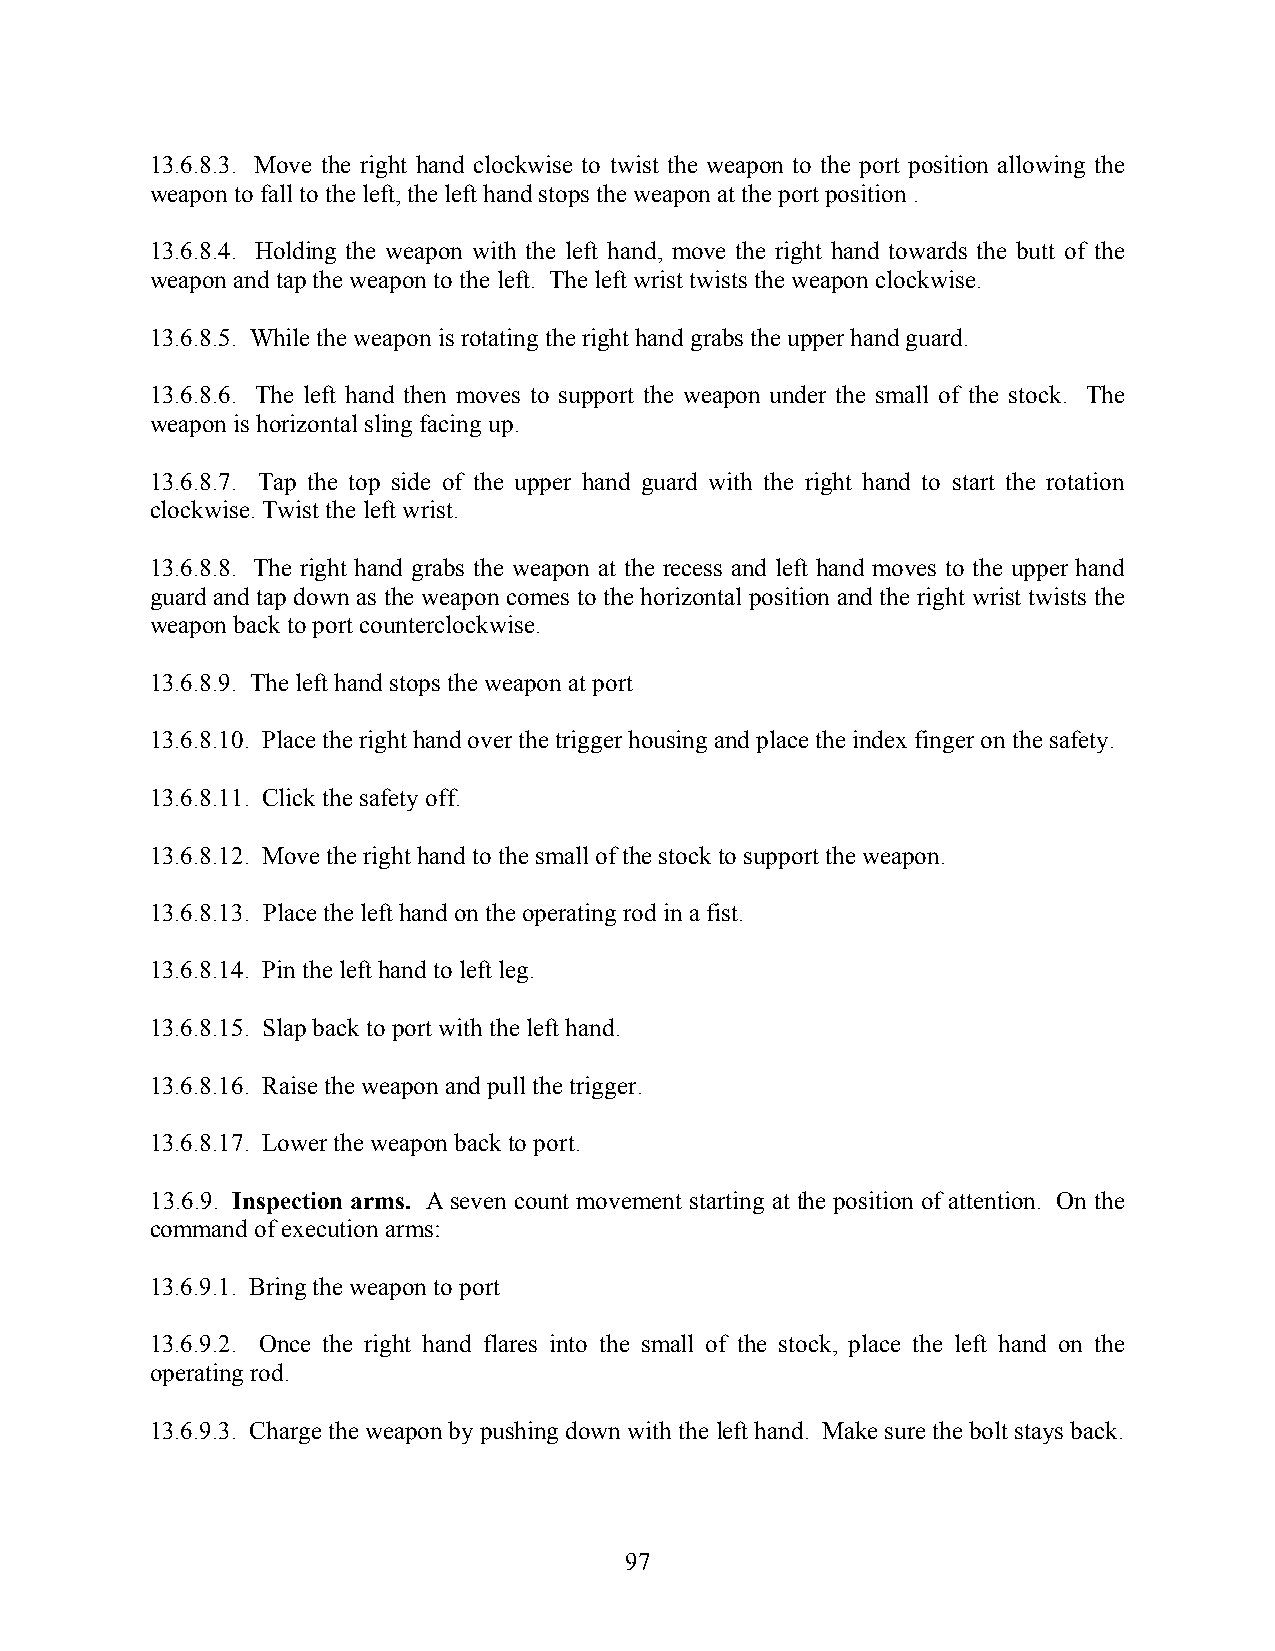
13.6.8.3. Move the right hand clockwise to twist the weapon to the port position allowing the
 weapon to fall to the left, the left hand stops the weapon at the port position .
 13.6.8.4. Holding the weapon with the left hand, move the right hand towards the butt of the
 weapon and tap the weapon to the left. The left wrist twists the weapon clockwise.
 13.6.8.5. While the weapon is rotating the right hand grabs the upper hand guard.
 13.6.8.6. The left hand then moves to support the weapon under the small of the stock. The
 weapon is horizontal sling facing up.
 13.6.8.7. Tap the top side of the upper hand guard with the right hand to start the rotation
 clockwise. Twist the left wrist.
 13.6.8.8. The right hand grabs the weapon at the recess and left hand moves to the upper hand
 guard and tap down as the weapon comes to the horizontal position and the right wrist twists the
 weapon back to port counterclockwise.
 13.6.8.9. The left hand stops the weapon at port
 13.6.8.10. Place the right hand over the trigger housing and place the index finger on the safety.
 13.6.8.11. Click the safety off.
 13.6.8.12. Move the right hand to the small of the stock to support the weapon.
 13.6.8.13. Place the left hand on the operating rod in a fist.
 13.6.8.14. Pin the left hand to left leg.
 13.6.8.15. Slap back to port with the left hand.
 13.6.8.16. Raise the weapon and pull the trigger.
 13.6.8.17. Lower the weapon back to port.
 13.6.9. Inspection arms. A seven count movement starting at the position of attention. On the
 command of execution arms:
 13.6.9.1. Bring the weapon to port
 13.6.9.2. Once the right hand flares into the small of the stock, place the left hand on the
 operating rod.
 13.6.9.3. Charge the weapon by pushing down with the left hand. Make sure the bolt stays back.
 97